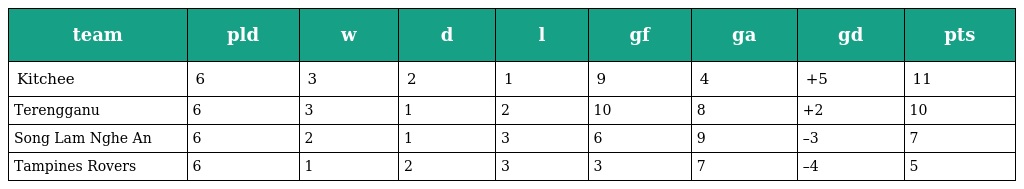
| team | pld | w | d | l | gf | ga | gd | pts |
 | --- | --- | --- | --- | --- | --- | --- | --- | --- |
 | Kitchee | 6 | 3 | 2 | 1 | 9 | 4 | +5 | 11 |
 | Terengganu | 6 | 3 | 1 | 2 | 10 | 8 | +2 | 10 |
 | Song Lam Nghe An | 6 | 2 | 1 | 3 | 6 | 9 | –3 | 7 |
 | Tampines Rovers | 6 | 1 | 2 | 3 | 3 | 7 | –4 | 5 |